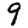
Digit: 9